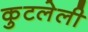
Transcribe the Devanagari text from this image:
कुटलेली